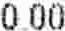
0.00